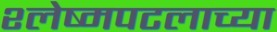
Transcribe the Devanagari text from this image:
श्लेष्मपटलाच्या